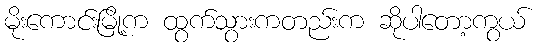
မိုးကောင်းမြို့က ထွက်သွားကတည်းက ဆိုပါတော့ကွယ်